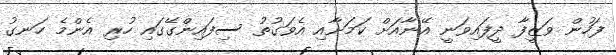
ފަހުން ވަޒީފާ ދީފައިވަނީ އޭނާއަށް ކަމަށާއި އެވަގުތު ސިފައިންގޭގައި ހުރި އެންމެ ހަނގު